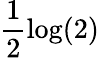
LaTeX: \frac{1}{2}\log(2)